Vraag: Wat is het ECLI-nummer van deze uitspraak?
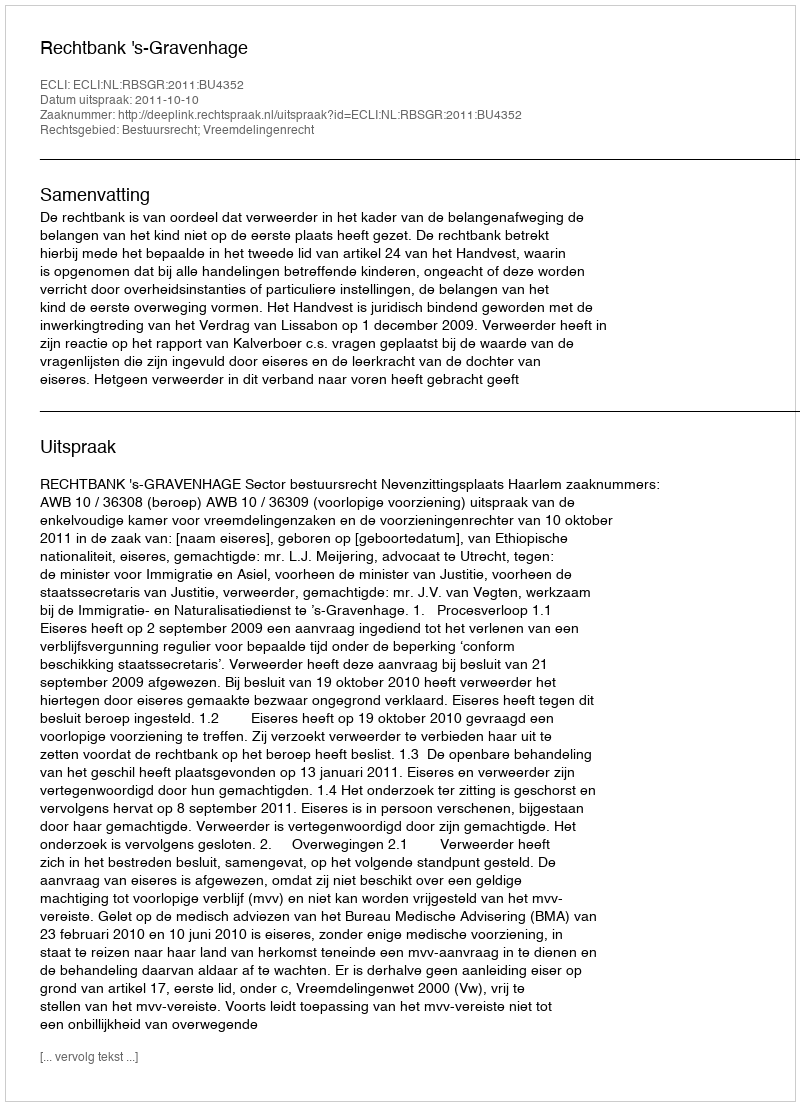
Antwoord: ECLI:NL:RBSGR:2011:BU4352